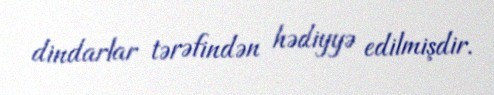
dindarlar tərəfindən hədiyyə edilmişdir.